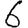
Digit: 6